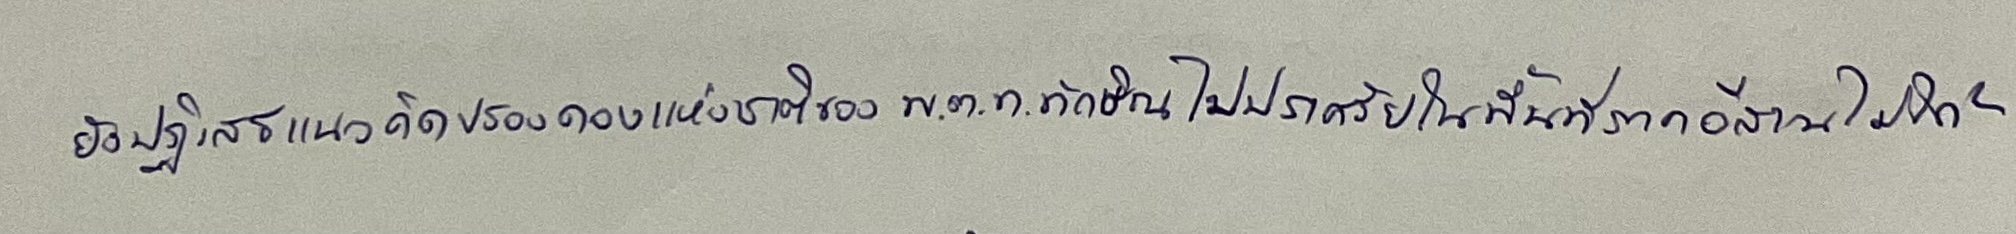
ยังปฏิเสธแนวคิดปรองดองแห่งชาติของพ.ต.ท.ทักษิณไปปราศรัยในพื้นที่ภาคอีสานไม่ได้